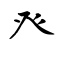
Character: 癶